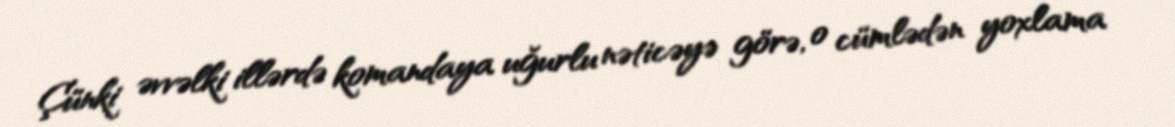
Çünki əvvəlki illərdə komandaya uğurlu nəticəyə görə, o cümlədən yoxlama